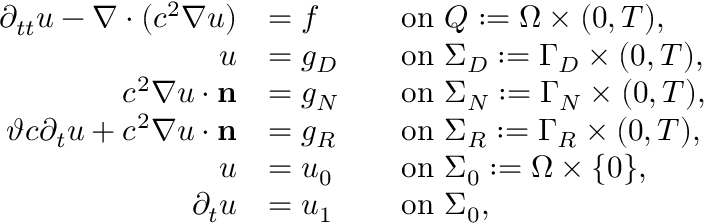
\begin{array} { r l r l } { \partial _ { t t } u - \nabla \cdot ( c ^ { 2 } \nabla u ) } & { = f } & & { \mathrm { o n ~ } Q : = \Omega \times ( 0 , T ) , } \\ { u } & { = g _ { D } } & & { \mathrm { o n ~ } \Sigma _ { D } : = \Gamma _ { D } \times ( 0 , T ) , } \\ { c ^ { 2 } \nabla u \cdot \mathbf { n } } & { = g _ { N } } & & { \mathrm { o n ~ } \Sigma _ { N } : = \Gamma _ { N } \times ( 0 , T ) , } \\ { { \vartheta c \partial _ { t } u + c ^ { 2 } \nabla u \cdot \mathbf { n } } } & { = g _ { R } } & & { \mathrm { o n ~ } \Sigma _ { R } : = \Gamma _ { R } \times ( 0 , T ) , } \\ { u } & { = u _ { 0 } } & & { \mathrm { o n ~ } \Sigma _ { 0 } : = \Omega \times \{ 0 \} , } \\ { \partial _ { t } u } & { = u _ { 1 } } & & { \mathrm { o n ~ } \Sigma _ { 0 } , } \end{array}